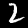
Digit: 2